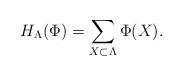
LaTeX: \begin{align*}H_\Lambda(\Phi)=\sum_{X\subset\Lambda}\Phi(X).\end{align*}